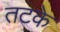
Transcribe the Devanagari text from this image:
तटके